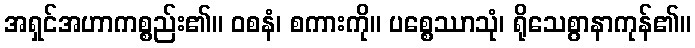
အရှင်အဟာကစ္စည်း၏။ ဝစနံ၊ စကားကို။ ပစ္စေဿာသုံ၊ ရိုသေစွာနာကုန်၏။